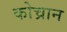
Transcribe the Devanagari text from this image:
कोच्रान